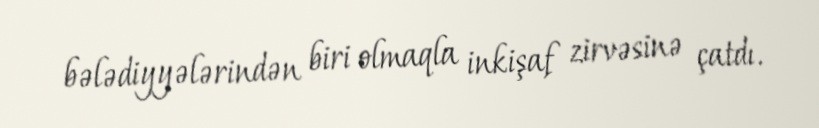
bələdiyyələrindən biri olmaqla inkişaf zirvəsinə çatdı.